画像に写った文字を読んでください
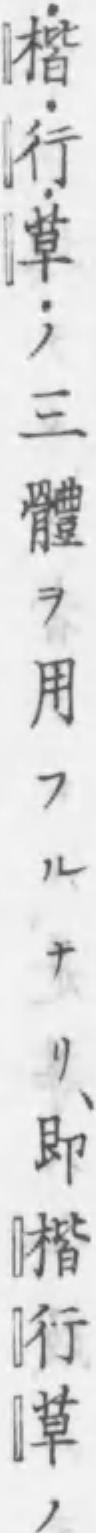
「･楷･行･草･ノ三體ヲ用フルナリ、即楷行草ノ」と書いてあります